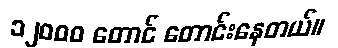
၁၂ဝဝဝ တောင် တောင်းနေတယ်။